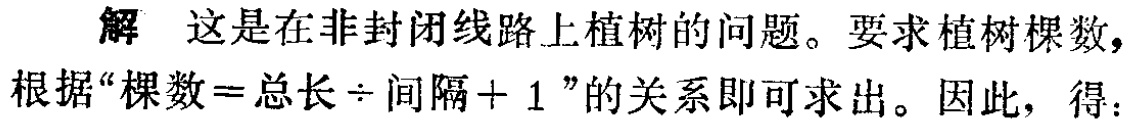
解 这是在非封闭线路上植树的问题。要求植树棵数，根据“棵数 = 总长 \(\div\) 间隔 + 1”的关系即可求出。因此，得：